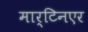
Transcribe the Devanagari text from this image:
मार्टिनएर